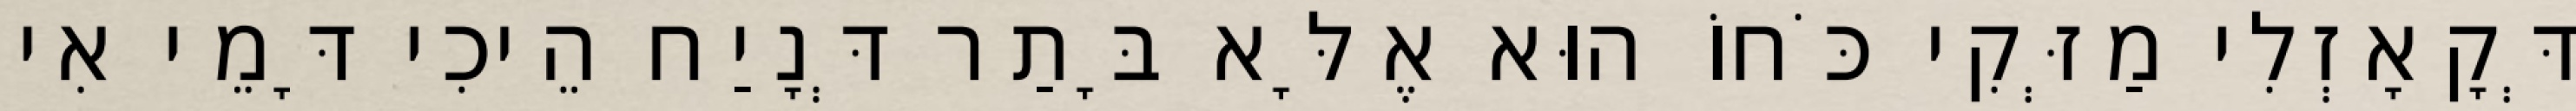
דְּקָאָזְלִי מַזְּקִי כֹּחוֹ הוּא אֶלָּא בָּתַר דְּנָיַח הֵיכִי דָּמֵי אִי